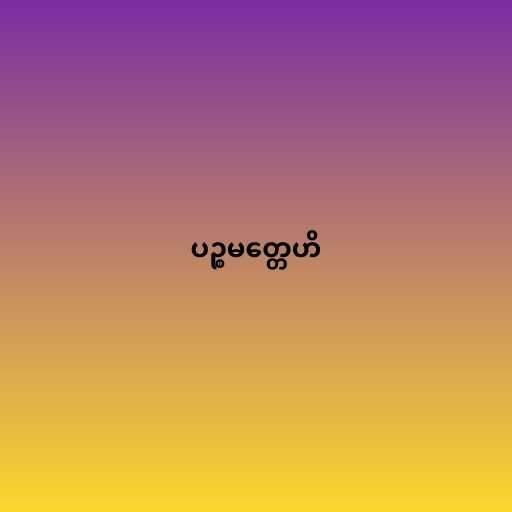
ပဉ္စမတ္တေဟိ